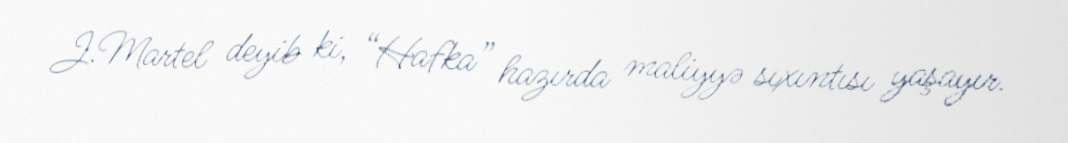
J.Martel deyib ki, “Hafka” hazırda maliyyə sıxıntısı yaşayır.